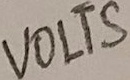
Text: VOLTS